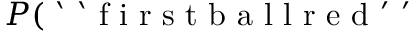
P ( \mathrm { ~ ` ~ ` ~ f ~ i ~ r ~ s ~ t ~ b ~ a ~ l ~ l ~ r ~ e ~ d ~ ' ~ ' ~ }